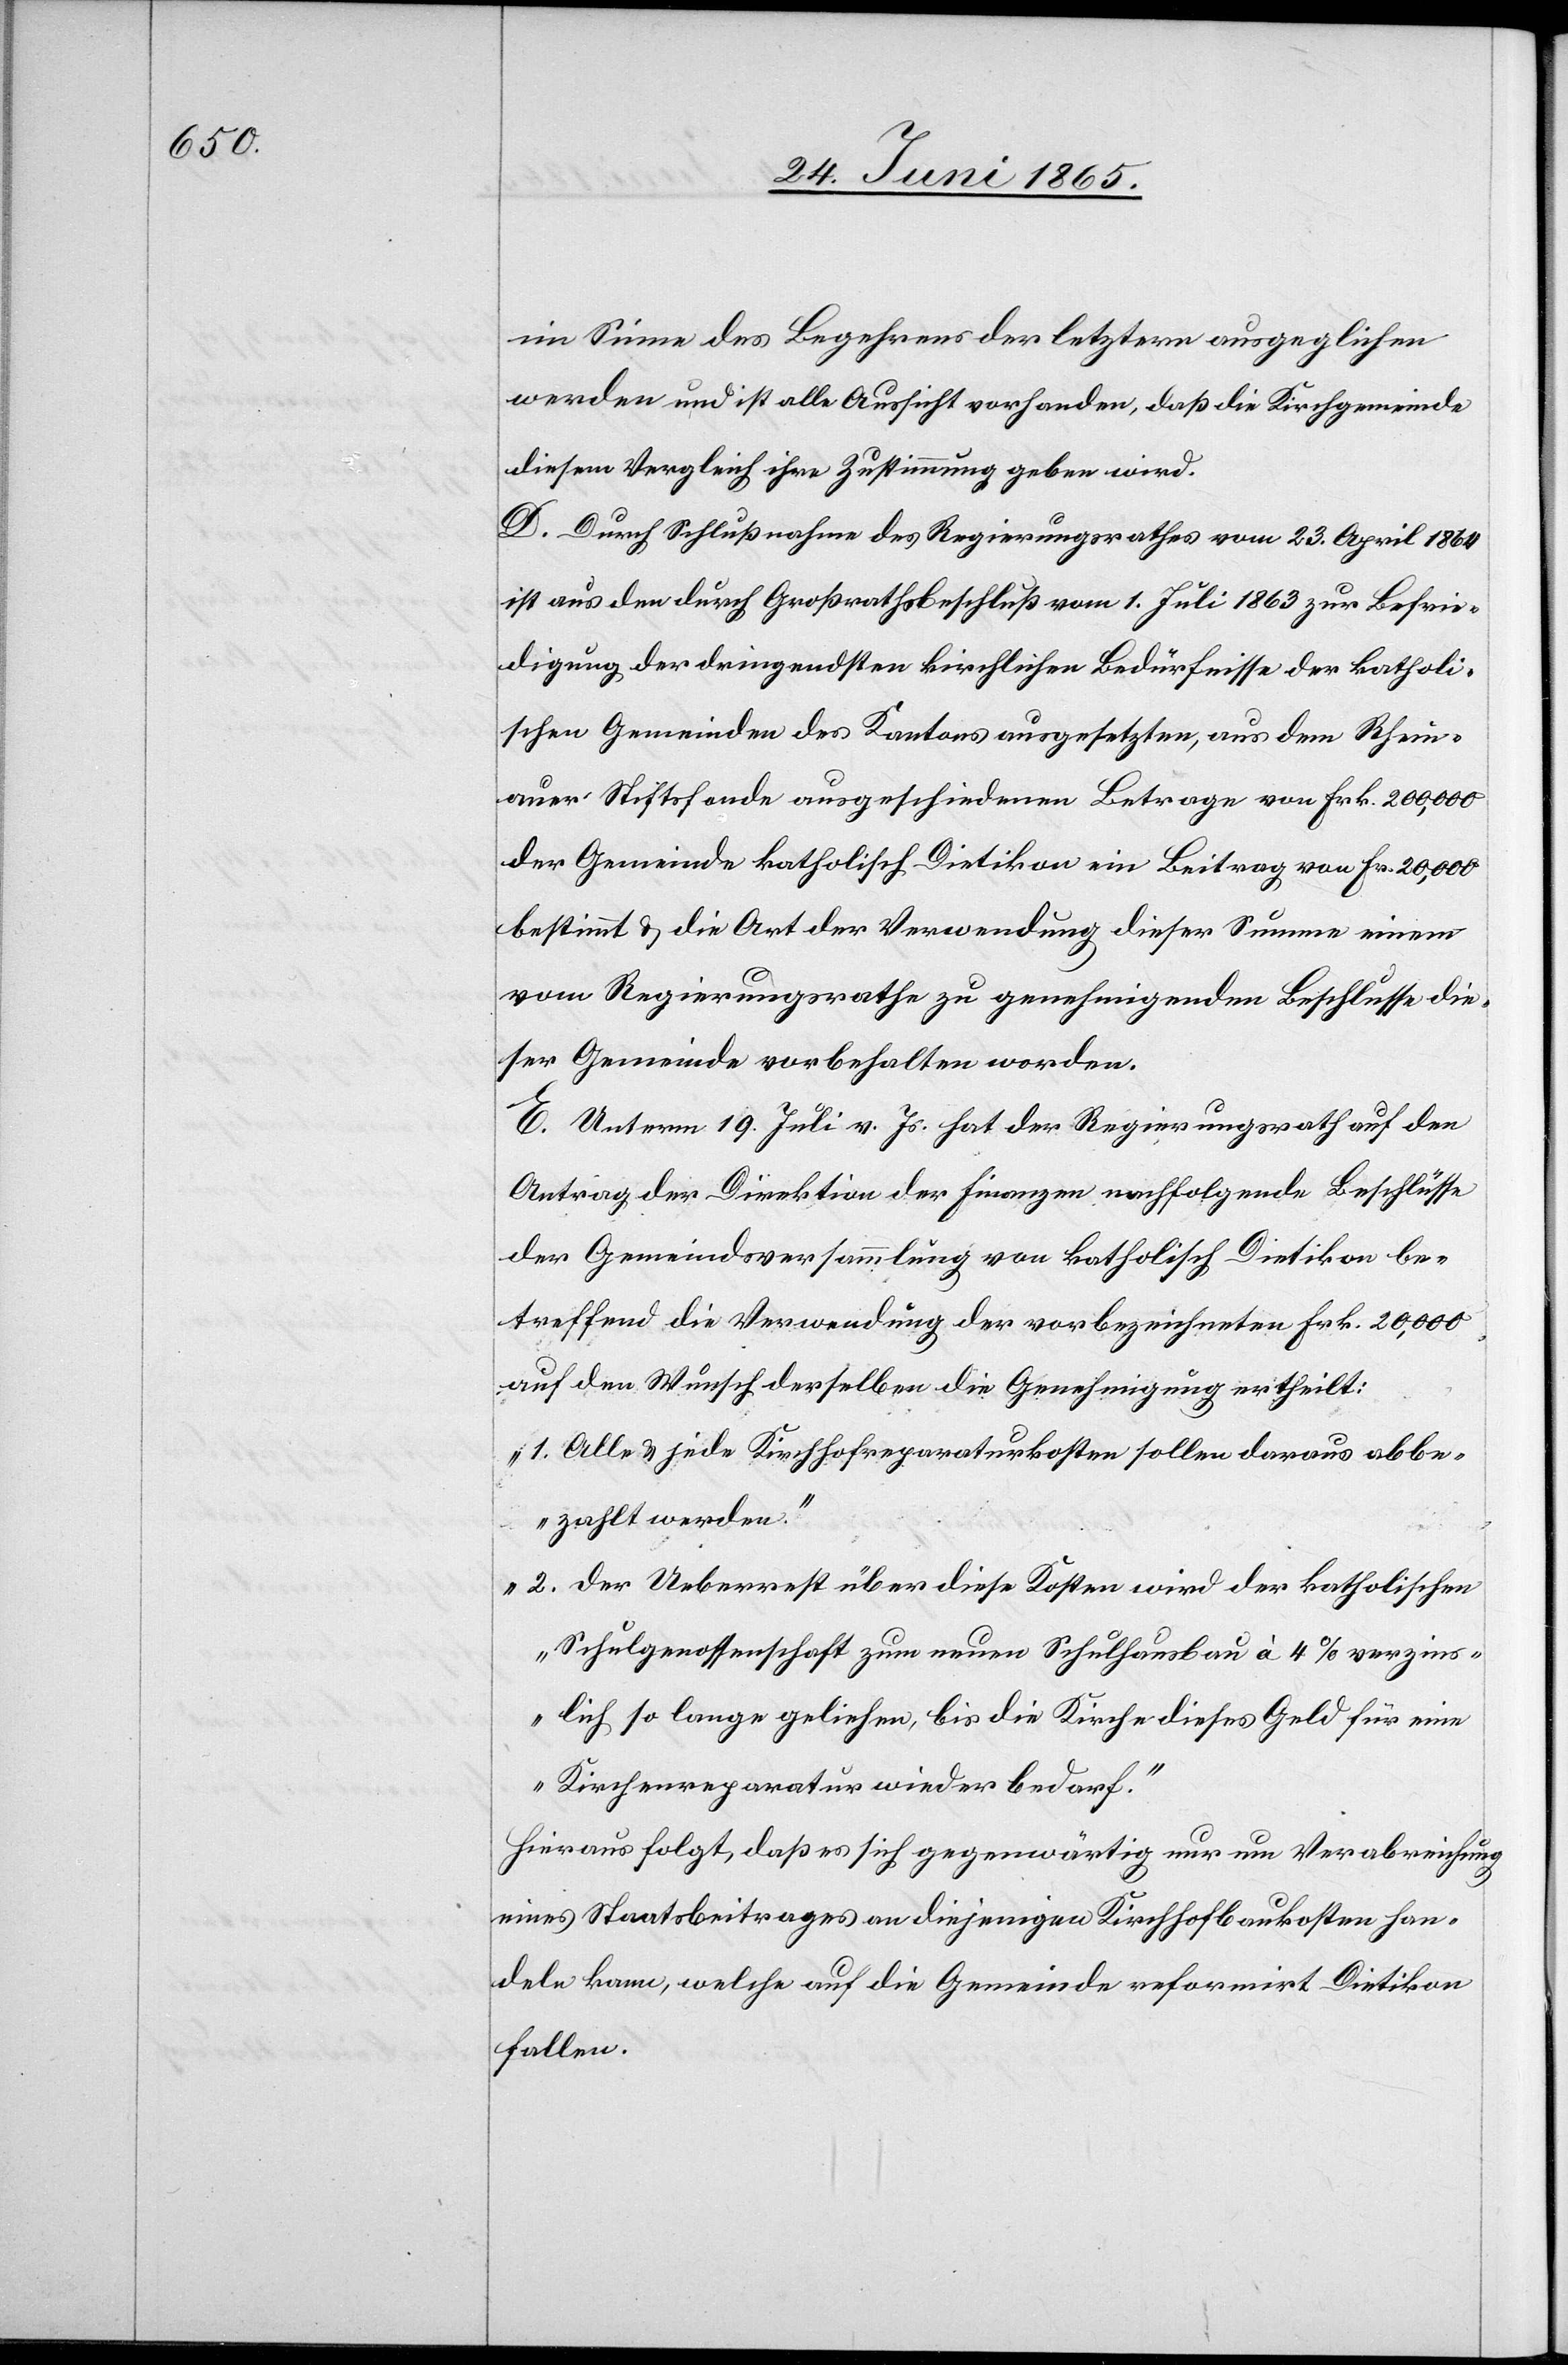
im Sinne des Begehrens der letztern ausgeglichen
werden und ist alle Aussicht vorhanden, daß die Kirchgemeinde
diesem Vergleich ihre Zustimmung geben wird.
D. Durch Schlußnahme des Regierungsrathes vom 23. April 1864
ist aus den durch Großrathsbeschluß vom 1. Juli 1863 zur Befrie¬
digung der dringendsten kirchlichen Bedürfnisse der katholi¬
schen Gemeinden des Kantons ausgesetzten, aus dem Rhein¬
auer Stiftsfonde ausgeschiedenen Betrage von Frk. 200,000
der Gemeinde katholisch Dietikon ein Beitrag von Fr. 20,000
bestimmt & die Art der Verwendung dieser Summe einem
vom Regierungsrathe zu genehmigenden Beschlusse die¬
ser Gemeinde vorbehalten worden.
E. Unterm 19. Juli v. Js. hat der Regierungsrath auf den
Antrag der Direktion der Finanzen nachfolgende Beschlüsse
der Gemeindsversammlung von katholisch Dietikon be¬
treffend die Verwendung der vorbezeichneten Frk. 20,000
auf den Wunsch derselben die Genehmigung ertheilt:
„1. Alle & jede Kirchhofreparaturkosten sollen daraus abbe¬
zahlt werden.
2. Der Ueberrest über diese Kosten wird der katholischen
Schulgenossenschaft zum neuen Schulhausbau à 4 % verzins¬
lich so lange geliehen, bis die Kirche dieses Geld für eine
Kirchenreparatur wieder bedarf.“
Hieraus folgt, daß es sich gegenwärtig nur um Verabreichung
eines Staatsbeitrages an diejenigen Kirchhofbaukosten han¬
deln kann, welche auf die Gemeinde reformirt Dietikon
fallen.